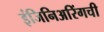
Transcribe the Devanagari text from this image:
इंजिनिअरिंगची